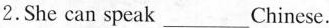
2.She can speak_ Chinese.